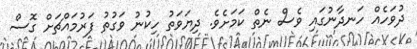
ދުވަހެއް ހަނދާނުގައި ވެސް ނެތް ކަމަށެވެ. ދިޔަވަތު ހިކުނު ވަގުތު ފަރުމައްޗަށް ގޮސް